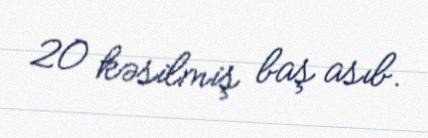
20 kəsilmiş baş asıb.